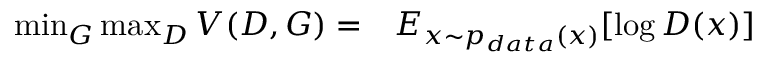
\begin{array} { r l } { \mathop { \operatorname* { m i n } } _ { G } \mathop { \operatorname* { m a x } } _ { D } V \large ( D , G \large ) = } & { { } E _ { x \sim p _ { d a t a } ( x ) } [ \log D ( \boldsymbol { x } ) ] } \end{array}